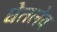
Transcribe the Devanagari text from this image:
घेतलेंव